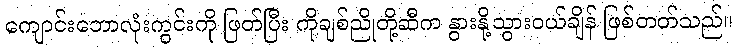
ကျောင်းဘောလုံးကွင်းကို ဖြတ်ပြီး ကိုချစ်ညိုတို့ဆီက နွားနို့သွားဝယ်ချိန် ဖြစ်တတ်သည်။